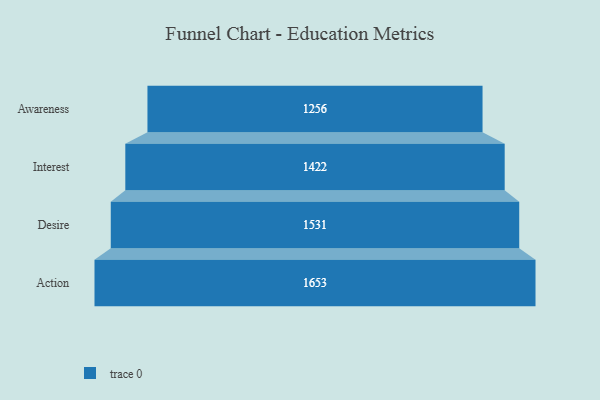
{"axis": {"x": "Stage", "y": "Value"}, "legend": [""], "data": [{"x": "Awareness", "y": 1256.0, "type": ""}, {"x": "Interest", "y": 1422.0, "type": ""}, {"x": "Desire", "y": 1531.0, "type": ""}, {"x": "Action", "y": 1653.0, "type": ""}]}